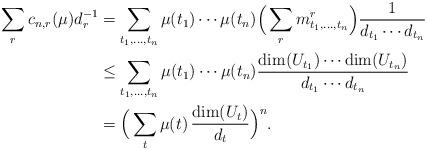
LaTeX: \begin{align*}\sum_r c_{n,r}(\mu)d_r^{-1} &= \sum_{t_1,\ldots,t_n} \mu(t_1)\cdots \mu(t_n) \Big(\sum_r m_{t_1,\ldots,t_n}^r\Big) \frac{1}{d_{t_1}\cdots d_{t_n}} \\&\leq \sum_{t_1,\ldots,t_n} \mu(t_1)\cdots \mu(t_n) \frac{\dim(U_{t_1})\cdots\dim(U_{t_n})}{d_{t_1}\cdots d_{t_n}}\\&= \Big(\sum_t \mu(t)\,\frac{\dim(U_t)}{d_t}\Big)^n.\end{align*}